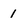
Character: 1